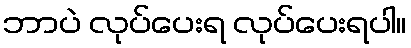
ဘာပဲ လုပ်ပေးရ လုပ်ပေးရပါ။